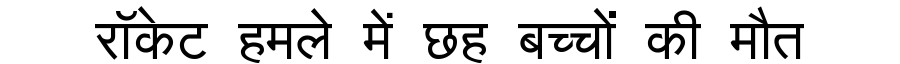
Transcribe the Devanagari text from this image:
रॉकेट हमले में छह बच्चों की मौत